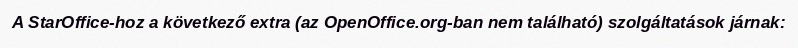
A StarOffice-hoz a következő extra (az OpenOffice.org-ban nem található) szolgáltatások járnak: